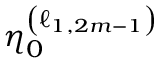
\eta _ { 0 } ^ { \left( \ell _ { 1 , 2 m - 1 } \right) }